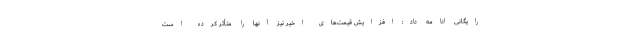
رایگانی ادامه داد: افزایش قیمت‌های اخیر نیز آنها را متأثر کرده است